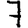
Digit: 7